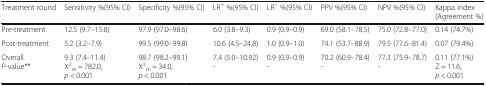
| Treatment round | Sensitivity %(95% CI) | Specificity %(95% CI) | LR+ %(95% CI) | LR− %(95% CI) | PPV %(95% CI) | NPV %(95% CI) | Kappa index (Agreement %) |
 | --- | --- | --- | --- | --- | --- | --- | --- |
 | Pre-treatment | 12.5 (9.7–15.8) | 97.9 (97.0–98.6) | 6.0 (3.8–9.3) | 0.9 (0.9–0.9) | 69.0 (58.1–78.5) | 75.0 (72.8–77.0) | 0.14 (74.7%) |
 | Post-treatment | 5.2 (3.2–7.9) | 99.5 (99.0–99.8) | 10.6 (4.5–24.8) | 1.0 (0.9–1.0) | 74.1 (53.7–88.9) | 79.5 (77.6–81.4) | 0.07 (79.4%) |
 | OverallP-value** | 9.3 (7.4–11.4)Χ2m = 782.0, p < 0.001 | 98.7 (98.2–99.1)Χ2m = 34.0, p < 0.001 | 7.4 (5.0–10.92)- | 0.9 (0.9–0.9)- | 70.2 (60.9–78.4)- | 77.3 (75.9–78.7)- | 0.11 (77.1%)Z = 11.6, p < 0.001 |